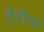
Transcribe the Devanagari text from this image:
टेरोन